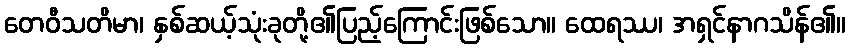
တေဝီသတိမာ၊ နှစ်ဆယ့်သုံးခုတို့၏ပြည့်ကြောင်းဖြစ်သော။ ထေရဿ၊ အရှင်နာဂသိန်၏။